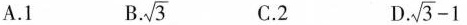
A.1 B. \sqrt{3} C.2 D. $$\sqrt { 3 } - 1$$